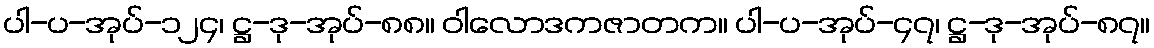
ပါ-ပ-အုပ်-၁၂၄၊ ဋ္ဌ-ဒု-အုပ်-၈၈။ ဝါလောဒကဇာတက။ ပါ-ပ-အုပ်-၄၇၊ ဋ္ဌ-ဒု-အုပ်-၈၇။